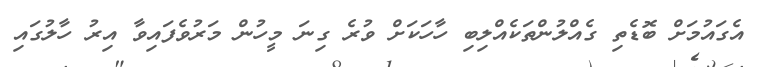
އެގައުމަށް ބޮޑެތި ގެއްލުންތަކެއްލިބި ހާހަކަށް ވުރެ ގިނަ މީހުން މަރުވެފައިވާ އިރު ހާލުގައި